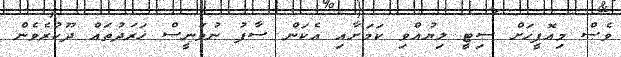
ވެސް މިއޮފީހަށް ސިޓީ ލިޔުއްވި ކަމަށާއި އެކަން ސާފު ނުވަނީސް ޚަރަދުތައް ދޫކުރެވެން